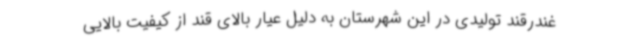
غندرقند تولیدی در این شهرستان به دلیل عیار بالای قند از کیفیت بالایی